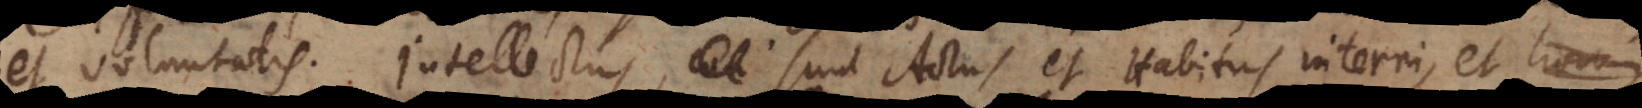
et Voluntatis. Intellectus, sunt Actus et Habitus interni, et horum